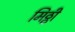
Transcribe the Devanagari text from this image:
मिठ्ठी